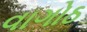
વાગોઠ